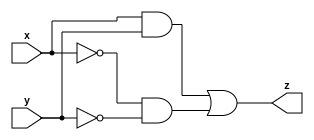
// This program was cloned from: https://github.com/mehedi37/Verilog_study
// License: MIT License

module comparator (   // comparator function
  input x,
  input y,
  output z
);

// variable
wire x_, y_, p, q;

// logic
not(x_, x);
not(y_, y);
and(p, x, y);
and(q, x_, y_);
or(z, p, q);

endmodule